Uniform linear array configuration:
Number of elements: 24
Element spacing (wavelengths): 0.25
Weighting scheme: hann
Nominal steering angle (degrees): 45
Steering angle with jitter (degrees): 45.761
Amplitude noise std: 0.05
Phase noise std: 0.05

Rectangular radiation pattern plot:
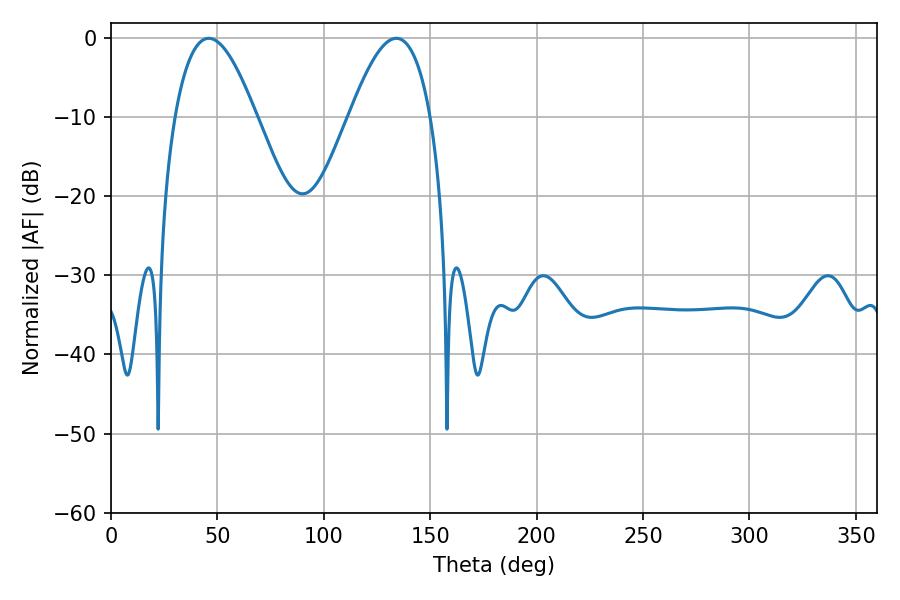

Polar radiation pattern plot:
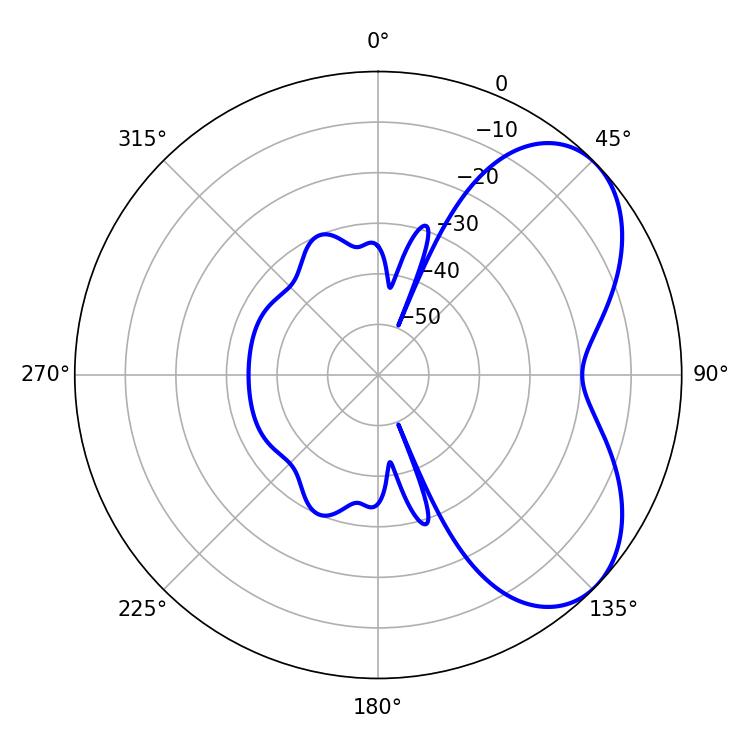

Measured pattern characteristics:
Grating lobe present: FALSE
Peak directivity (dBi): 5.355
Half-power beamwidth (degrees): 20.88
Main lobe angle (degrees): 45.9